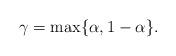
LaTeX: \begin{align*}\gamma=\max\{ \alpha, 1-\alpha \}.\end{align*}